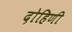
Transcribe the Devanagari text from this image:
दोहिणी